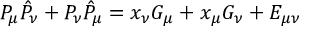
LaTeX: P _ { \mu } \hat { P } _ { \nu } + P _ { \nu } \hat { P } _ { \mu } = x _ { \nu } G _ { \mu } + x _ { \mu } G _ { \nu } + E _ { \mu \nu }